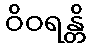
ဝိဝရန္တိ